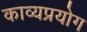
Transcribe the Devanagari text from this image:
काव्यप्रयोग